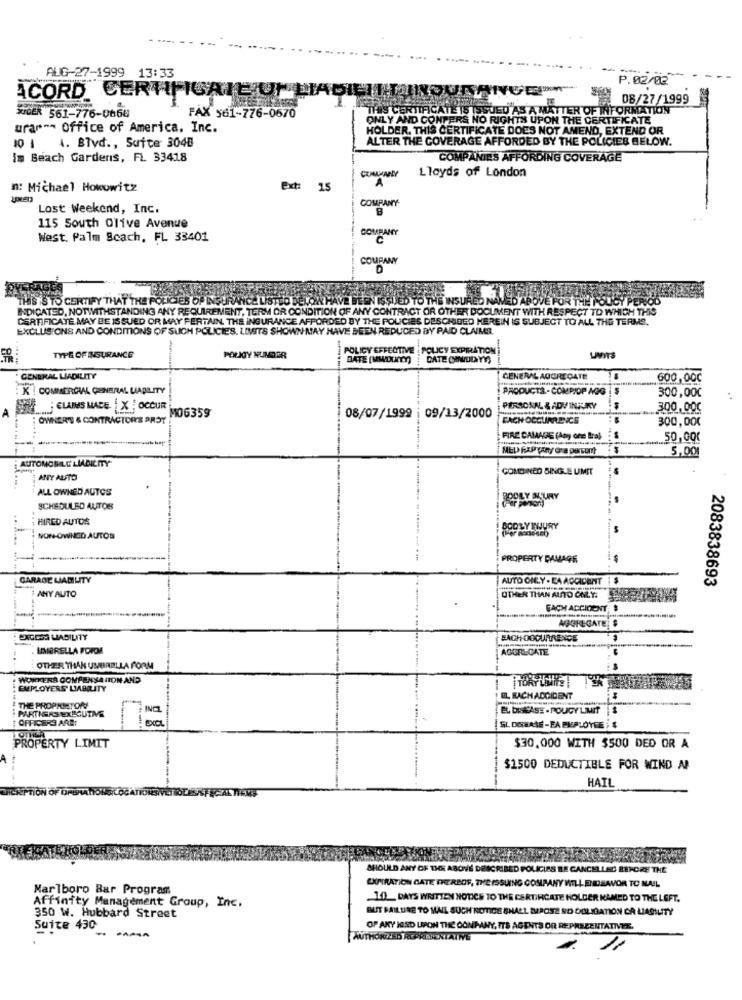
AUG-27-1999 13:33
P.02/02
ACORD CERTIFICATE OF
08/27/1999
THIS CERTIFICATE IS ISSUED AS A MATTER OF INFORMATION
RICER 561-776-0666
FAX 561-776-0670
ONLY AND CONTERS NO RIGHTS UPON THE CERTIFICATE
urar -- Office of America, Inc.
HOLDER. THIS CERTIFICATE DOES NOT AMEND, EXTEND OR
4. Blvd ., Suite 3048
ALTER THE COVERAGE AFFORDED BY THE POLICIES BELOW.
10 1
Im Beach Gardens, FL 33418
COMPANIES AFFORDING COVERAGE
Lloyds of London
A
n: Michael Howowitz
Ex#: 15
COMPANY
Lost Weekend, Inc.
B
115 South Olive Avenue
COMPANY
West. Palm Scach, FL 33401
C
COMPANY
THIS IS TO CERTIFY THAT THE POLICIES OF INSURANCE LISTED BELOW HAVE BEEN ISSUED TO THE INSURE
INDICATED, NOTWITHSTANDING ANY REQUIREMENT, TERM OR CONDITION OF ANY CONTRACT OR OTHER DOCUMENT WITH RESPECT TO WHICH THIS
MED ABOVE FOR THE POUCY PERIOD
CERTIFICATE MAY BE ISSUED OR MAY PERTAIN. THE INSURANCE AFFORDED BY THE POLICIES DESCRIBED HEREIN IS SUBJECT TO ALL THE TERMS.
EXCLUSIONS AND CONDITIONS OF SUCH POLICIES. LIMITS SHOWN MAY HAVE BEEN REDUCED BY PAID CLAIMS.
POLICY EFFECTIVE | POLICY EXPIRATION
8F
TYPE OF INSURANCE
POLICY NUMBER
BATE [MWDUnm)
DATE (NADDYY)
UNITS
GENERAL LIADILITY
GENERAL AGGREGATE
600,000
K ! COMMERCIAL GENERAL LIABILITY
PRODUCTS -COMPIOP AOG
300,000
SIM CLAIMS MACE X ! OCCUR
PERSONAL & ADVINJURY
3.00,000
OWNER'S & CONTRACTOR'S PROY
MO6359
08/07/1999 : 09/13/2000
EACH OCCURRENCE
300,000
FIRE DAMAGE (Any one Bra)
-
5,00
AUTOMOBILE LIABILITY
COMCINCO SINGLE UMIT
ANTY AUFTO
ALL OWNED AUTOS
RODEY NURY
SCHEDULED AUTOR
HIRED AUTOS
BOOLY WWJURY
NON-OWNED AUTOS
PROPERTY DAMAGE
GARAGE LIABILITY
AUTO ONLY - EA ACCIDENT
2083838693
1 ANY AUITO
OTHER THAN AINTO ONLY. ..
FACH ACCIDENT
REGATES
EXCESS WABILITY
FACHOOCURRENCE
UMBRELLA FORME
AGGRECATE
OTHER THAN UMBRELLA FORM
WORKERS COMPENSA HION AND
TORY LANtis
EMPLOYERS LIABILITY
ACDICE
THE PROPRIETOR!
PARTNERS EXECUTIVE
OFFICERS ARE:
PROPERTY LIMIT
$30,000 WITH $500 DED OR A
$1500 DEDUCTIBLE FOR WIND A
HAIL
SHOULD ANY OF THE ABOVE D
#SCRIBED POLICIES RE CANCE
THE
Marlboro Bar Program
EXPIRATION GATE THEREOF, THE ISSUING COMPANY WILL ENDEAVOR TO MAIL
.10 _ DAYS WRITTEN NOTICE TO THE CERTIFICATE HOLDER NAMED TO THE LEFT.
Affinity Management Group, Inc.
BUT FAILURE TO MAIL SUCH ROTICE SHALL IPOSZ NO OOLIGATIÓN CA LIABILITY
350 W. Hubbard Street
Suite 430
OF ANY JORD UPON THE COMPANY, ITS AGENTS OR REPRESENTATIVE.
- --
AUTHORIZED REPRESENTAINE